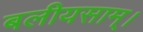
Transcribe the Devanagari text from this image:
बलीयसाम्।